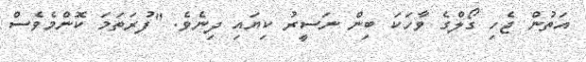
އަތުން ޖެހި ގޯލްގެ ވާހަކަ ބިން ނަސީރު ކިޔައި ދިނެވެ. "ފުރަތަމަ ކޮންމެވެސް